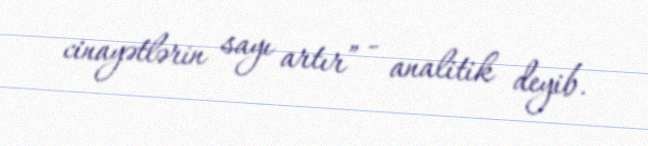
cinayətlərin sayı artır” - analitik deyib.